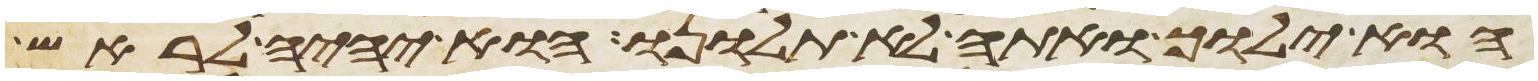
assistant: הוא ילוך ואתה לא תלונו הוא יהיה לראש